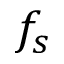
f _ { s }